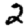
Digit: 2